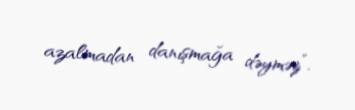
azalmadan danışmağa dəyməz”.